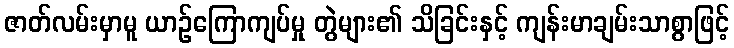
ဇာတ်လမ်းမှာမူ ယာဉ်ကြောကျပ်မှု တွဲများ၏ သိခြင်းနှင့် ကျန်းမာချမ်းသာစွာဖြင့်